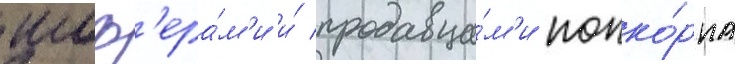
шоф'ера́м'и и́ продавца́м'и попко́рна